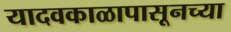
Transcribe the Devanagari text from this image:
यादवकाळापासूनच्या